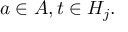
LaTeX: a \in A , t \in H _ { j } .